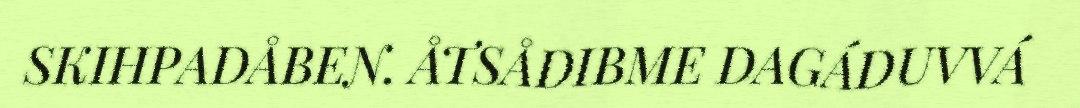
SKIHPADÅBEN. ÅTSÅDIBME DAGÁDUVVÁ